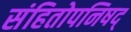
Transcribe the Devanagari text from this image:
संहितोपनिषद्